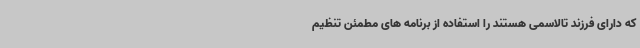
که دارای فرزند تالاسمی هستند را استفاده از برنامه‌ های مطمئن تنظیم